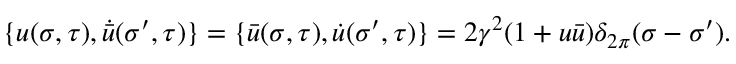
\{ u ( \sigma , \tau ) , \dot { \bar { u } } ( \sigma ^ { \prime } , \tau ) \} = \{ \bar { u } ( \sigma , \tau ) , \dot { u } ( \sigma ^ { \prime } , \tau ) \} = 2 \gamma ^ { 2 } ( 1 + u \bar { u } ) \delta _ { 2 \pi } ( \sigma - \sigma ^ { \prime } ) .